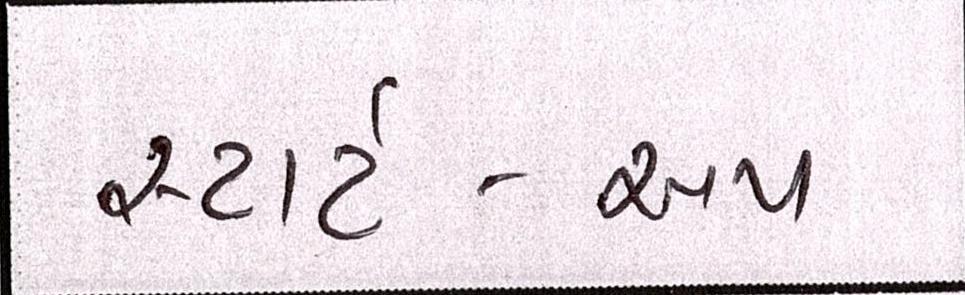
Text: સ્ટાર્ટ-અપ